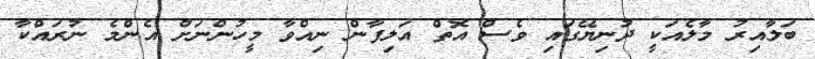
ބަލާއިރު މާލެއަކީ ދުނިޔޭގައި ވެސް އޮތް އަލިފާން ނިއްވާ މީހުންނަށް އެންމެ ނުރައްކާ